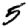
Digit: 5